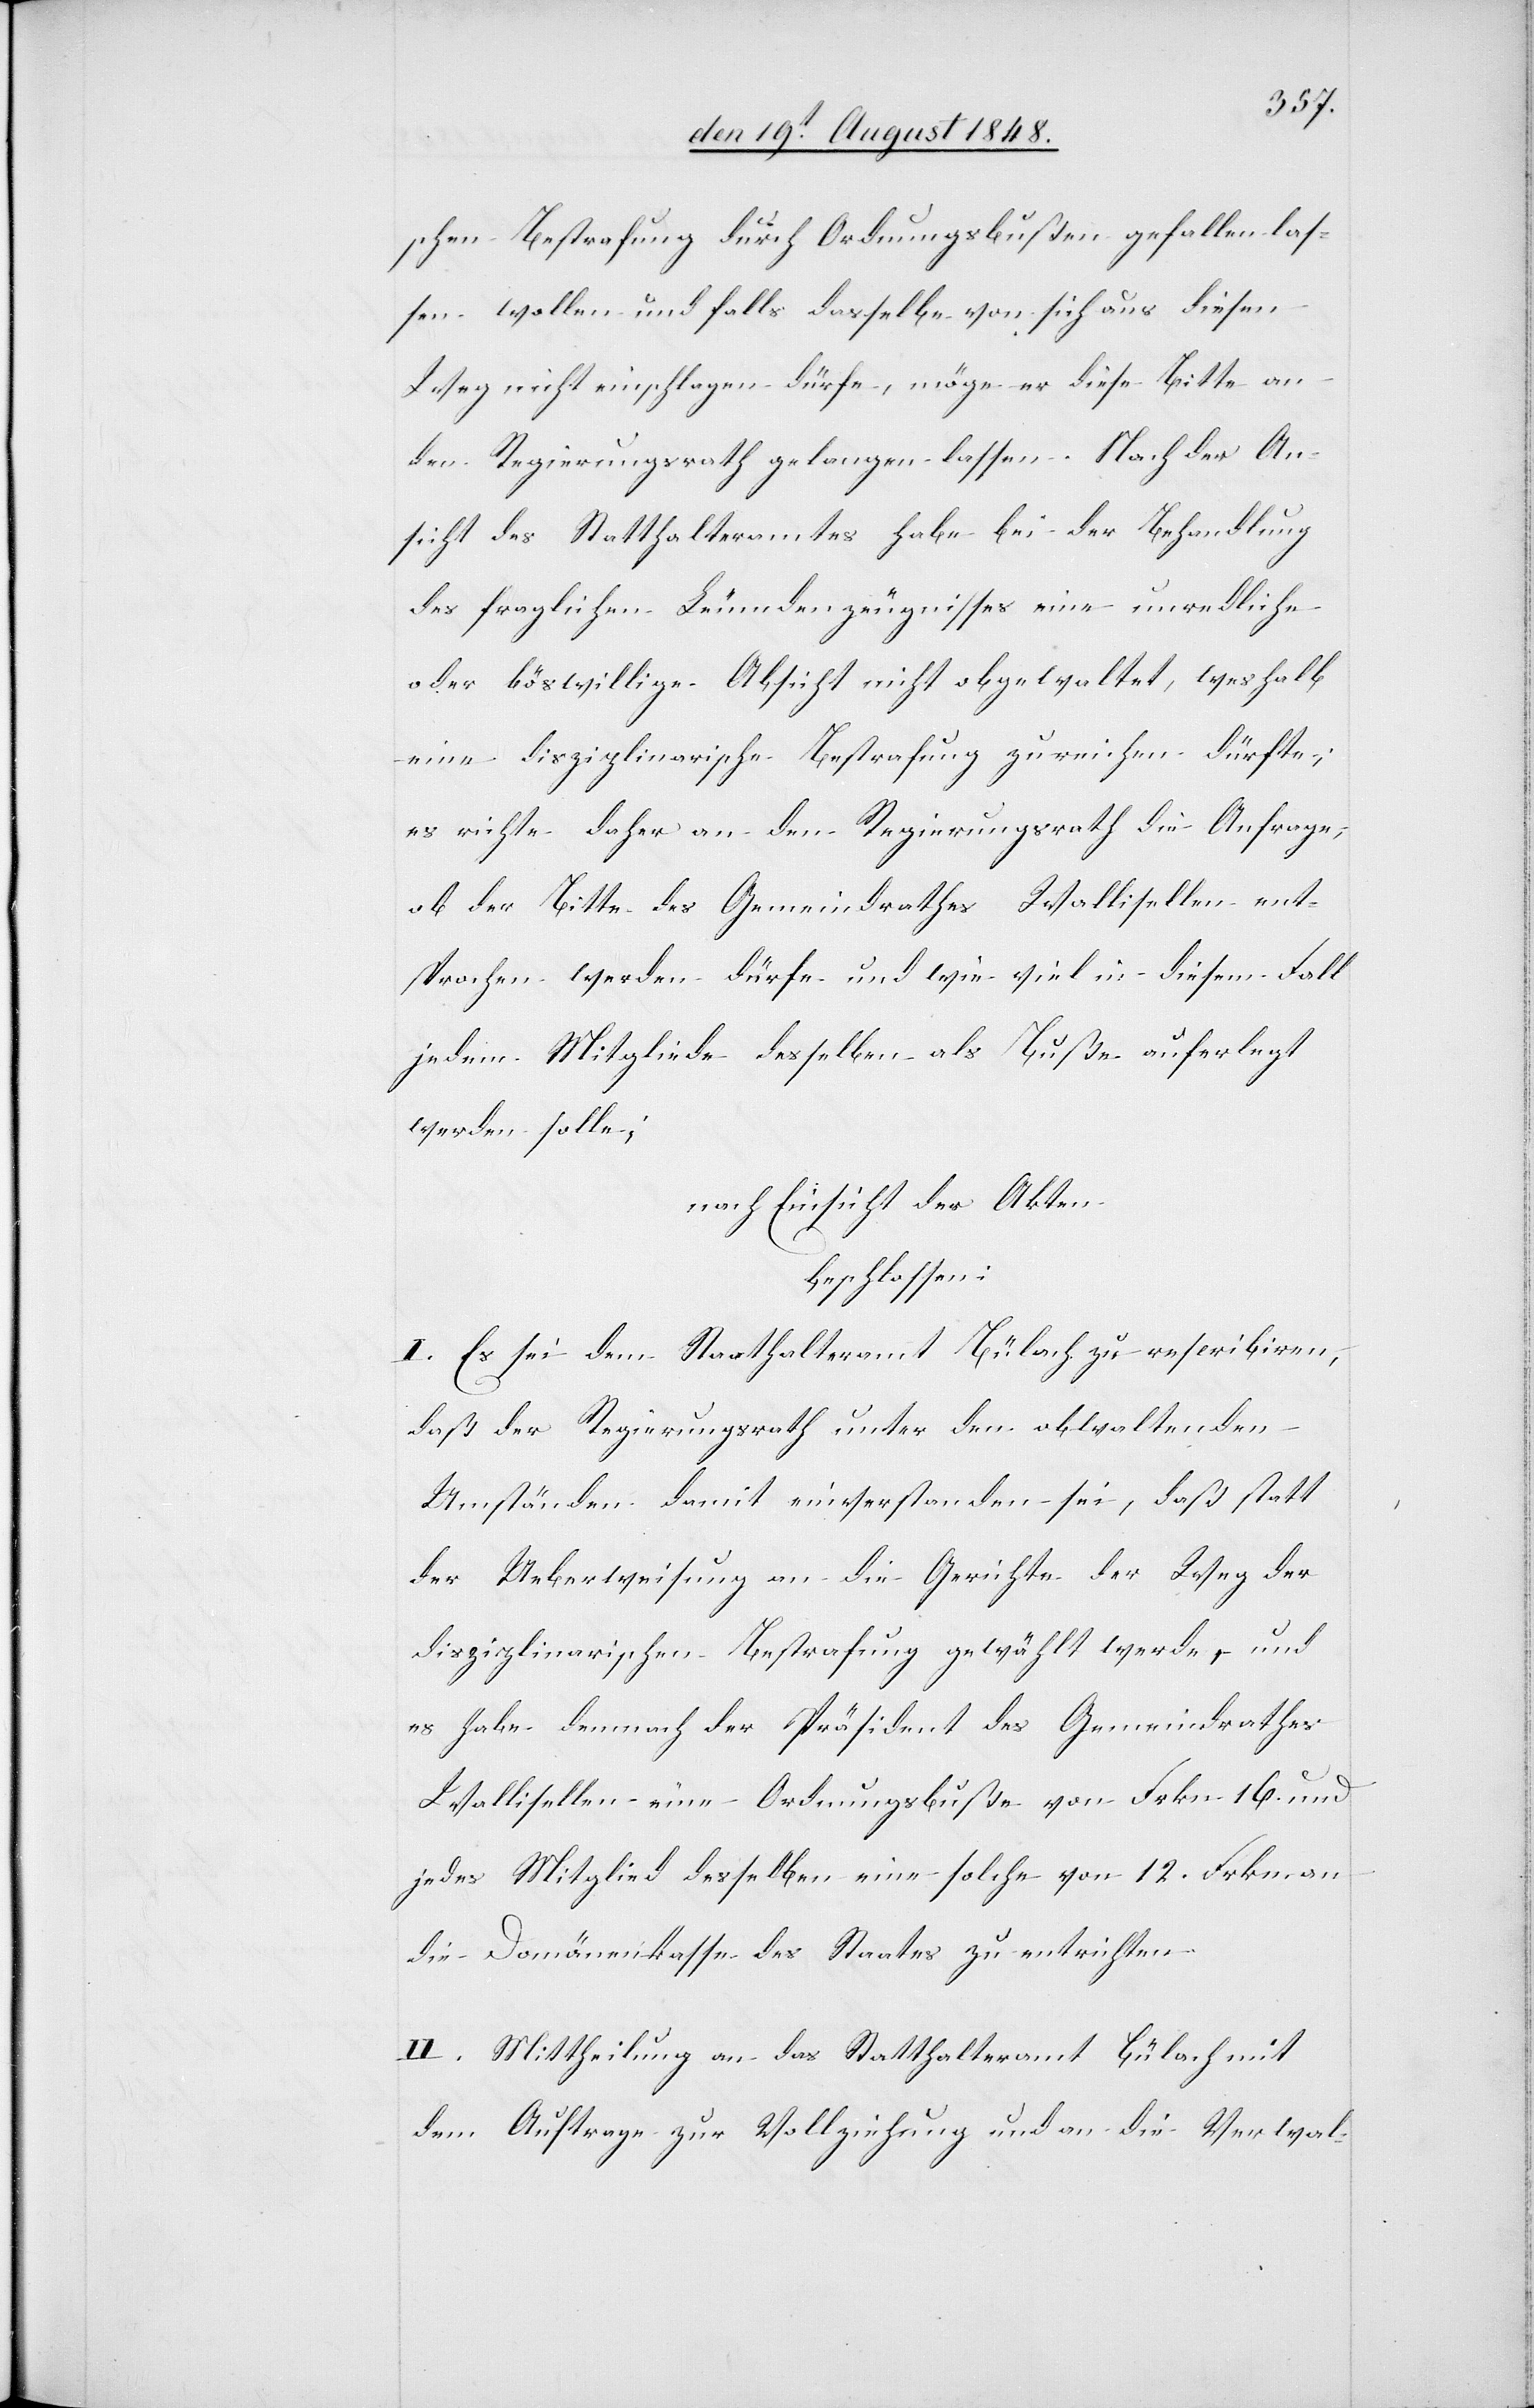
schen Bestrafung durch Ordnungsbußen gefallen las¬
sen wollen und falls dasselbe von sich aus diesen
Weg nicht einschlagen dürfe, möge er diese Bitte an
den Regierungsrath gelangen lassen. Nach der An¬
sicht des Statthalteramtes habe bei der Behandlung
des fraglichen Leumdenzeugnisses eine unredliche
oder böswillige Absicht nicht obgewaltet, weshalb
eine disziplinarische Bestrafung zureichen dürfte;
es richte daher an den Regierungsrath die Anfrage,
ob der Bitte des Gemeindrathes Wallisellen ent¬
sprochen werden dürfe und wie viel in diesem Fall
jedem Mitgliede desselben als Buße auferlegt
werden solle;
nach Einsicht der Akten
beschlossen:
I. Es sei dem Staathalteramt [sic!] Bülach zu rescribiren,
daß der Regierungsrath unter den obwaltenden
Umständen damit einverstanden sei, daß statt
der Ueberweisung an die Gerichte der Weg der
disziplinarischen Bestrafung gewählt werde, und
es habe demnach der Präsident des Gemeindrathes
Wallisellen eine Ordnungsbuße von Frkn. 16. und
jedes Mitglied desselben eine solche von 12. Frkn. an
die Domänenkasse des Staates zu entrichten.
II. Mittheilung an das Statthalteramt Bülach mit
dem Auftrage zur Vollziehung und an die Verwal-